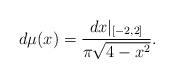
LaTeX: \begin{align*} d\mu(x) = \frac{dx|_{[-2,2]}}{\pi\sqrt{4-x^2}}. \end{align*}